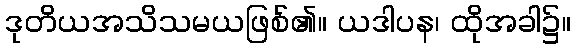
ဒုတိယအသိသမယဖြစ်၏။ ယဒါပန၊ ထိုအခါ၌။